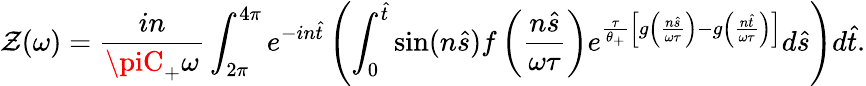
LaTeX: \mathcal{Z}(\omega)=\frac{{in}}{{\piC_{+}\omega}}\int_{2\pi}^{4\pi}e^{-in\hat{{t}}}\left(\int_{0}^{\hat{{t}}}\sin(n\hat{{s}})f\left(\frac{{n\hat{{s}}}}{{\omega\tau}}\right)e^{\frac{{\tau}}{{\theta_{+}}}\left[g\left(\frac{{n\hat{{s}}}}{{\omega\tau}}\right)-g\left(\frac{{n\hat{{t}}}}{{\omega\tau}}\right)\right]}d\hat{{s}}\right)d\hat{{t}}.